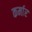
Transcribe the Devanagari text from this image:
कर्मार